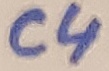
Text: C4